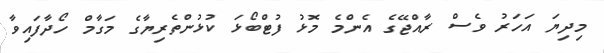
މިދިޔަ އަހަރު ވެސް ރާއްޖޭގެ އެންމެ މޮޅު ފުޓްބޯޅަ ކުޅުންތެރިޔާގެ މަގާމް ހޯދާފައިވާ